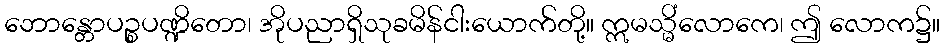
ဘောန္တောပဉ္စပဏ္ဍိတော၊ အိုပညာရှိသုခမိန်ငါးယောက်တို့။ ဣမသ္မိံလောကေ၊ ဤ လောက၌။